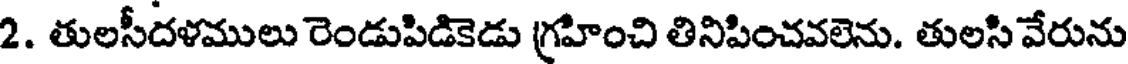
2. తులసీదళములు రెండుపిడికెడు గ్రహించి తినిపించవలెను. తులసి వేరును